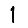
Digit: 1